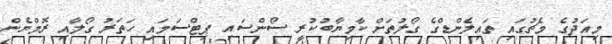
މިއަދުގެ މެޗުގައި ތައިލެންޑްގެ ގޯލުތަށް ކާމިޔާބުކުރީ ސޯންސައި ޕިޓްސަމައި ހަތަރު ގޯލާއި ރޮމްޔެން